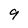
Character: 9